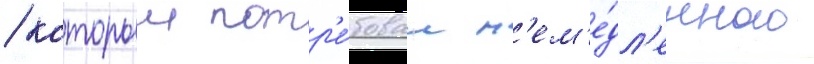
/ которыи потр'е́бовал н'ем'е́дл'енного